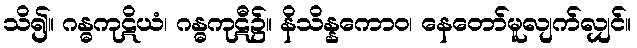
သိ၍။ ဂန္ဓကုဋိယံ၊ ဂန္ဓကုဋီ၌။ နိသိန္နကောဝ၊ နေတော်မူလျက်လျှင်။